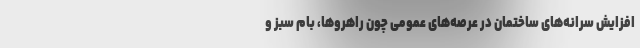
افزایش سرانه‌های ساختمان در عرصه‌های عمومی چون راهروها، بام سبز و